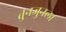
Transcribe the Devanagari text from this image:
तुनजुनला